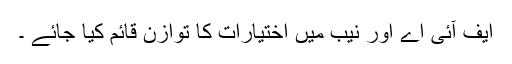
ایف آئی اے اور نیب میں اختیارات کا توازن قائم کیا جائے ۔